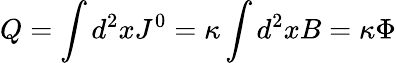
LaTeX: Q=\int d^{2}xJ^{0}=\kappa\int d^{2}xB=\kappa\Phi